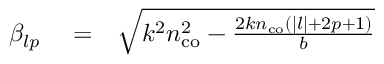
\begin{array} { r l r } { \beta _ { l p } } & { { } = } & { \sqrt { k ^ { 2 } n _ { \mathrm { c o } } ^ { 2 } - \frac { 2 k n _ { \mathrm { c o } } ( | l | + 2 p + 1 ) } { b } } } \end{array}